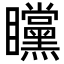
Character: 矘